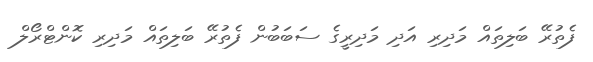
ފެތުރޭ ބަލިތައް މަދިރި އަދި މަދިރީގެ ސަބަބުން ފެތުރޭ ބަލިތައް މަދިރި ކޮންޓްރޯލް